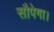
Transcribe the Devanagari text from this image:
सौपेगा।